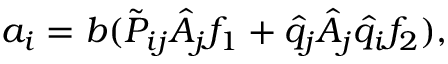
a _ { i } = b ( \tilde { P } _ { i j } \hat { A } _ { j } f _ { 1 } + \hat { q } _ { j } \hat { A } _ { j } \hat { q } _ { i } f _ { 2 } ) ,